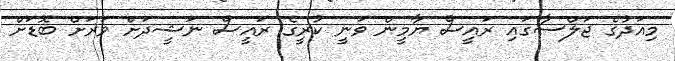
މިއަދުގެ ޖަލްސާގައި ރައީސް ޔާމީން ވަނީ ކުރީގެ ރައީސް ނަޝީދަށް ވަރަށް ބޮޑަށް